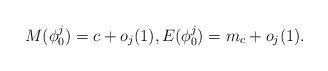
LaTeX: \begin{align*}M(\phi_0^j)=c+o_j(1),E(\phi_0^j)=m_c+o_j(1).\end{align*}